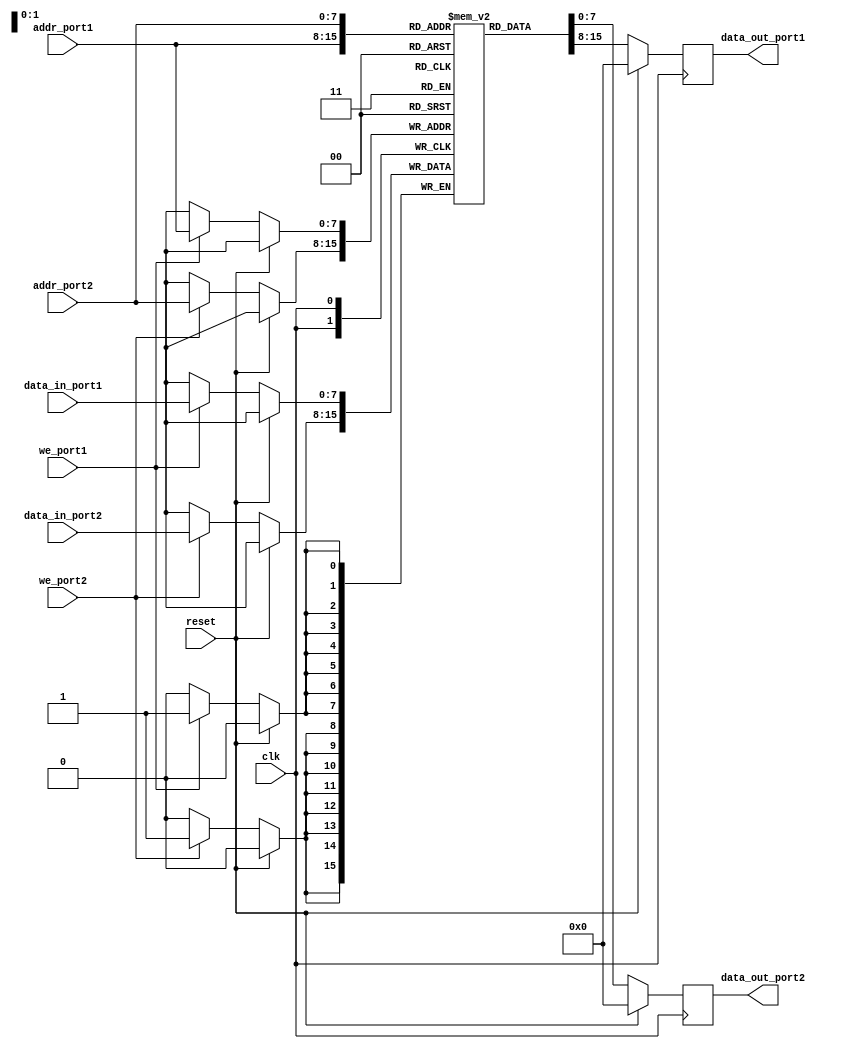
module dual_port_ram (
    input wire clk,
    input wire reset,
    input wire [7:0] data_in_port1,
    input wire [7:0] data_in_port2,
    input wire [7:0] addr_port1,
    input wire [7:0] addr_port2,
    input wire we_port1,
    input wire we_port2,
    output reg [7:0] data_out_port1,
    output reg [7:0] data_out_port2
);

reg [7:0] memory [0:255]; // Dual-port RAM with 256 8-bit locations

// Pipeline read and write operations
always @(posedge clk) begin
    if (reset) begin
        data_out_port1 <= 8'b0;
        data_out_port2 <= 8'b0;
    end else begin
        if (we_port1) begin
            memory[addr_port1] <= data_in_port1;
        end
        if (we_port2) begin
            memory[addr_port2] <= data_in_port2;
        end
        
        data_out_port1 <= memory[addr_port1];
        data_out_port2 <= memory[addr_port2];
    end
end

endmodule